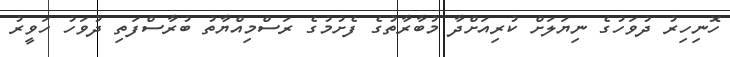
ހޮނިހިރު ދުވަހުގެ ނިޔަލަށް ކުރިއަށްދާ މުބާރާތުގެ ފެށުމުގެ ރަސްމިއްޔާތު ބުރާސްފަތި ދުވަހު ހަވީރު